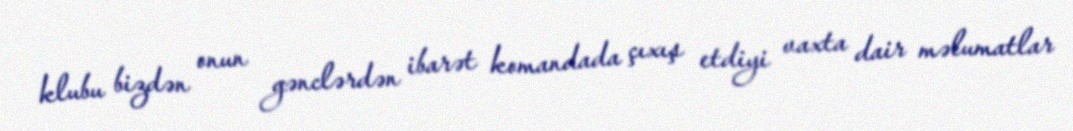
klubu bizdən onun gənclərdən ibarət komandada çıxış etdiyi vaxta dair məlumatlar